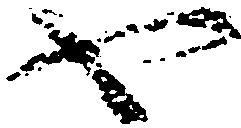
や